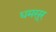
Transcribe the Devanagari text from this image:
घमसूर